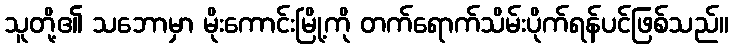
သူတို့၏ သဘောမှာ မိုးကောင်းမြို့ကို တက်ရောက်သိမ်းပိုက်ရန်ပင်ဖြစ်သည်။